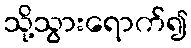
သို့သွားရောက်၍